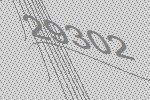
29302